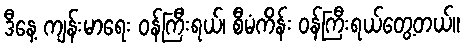
ဒီနေ့ ကျန်းမာရေး ဝန်ကြီးရယ်၊ စီမံကိန်း ဝန်ကြီးရယ်တွေ့တယ်။